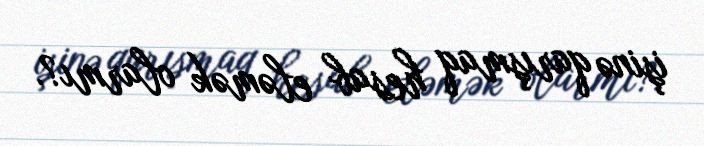
işinə qarışmaq hesab eləmək olarmı?.